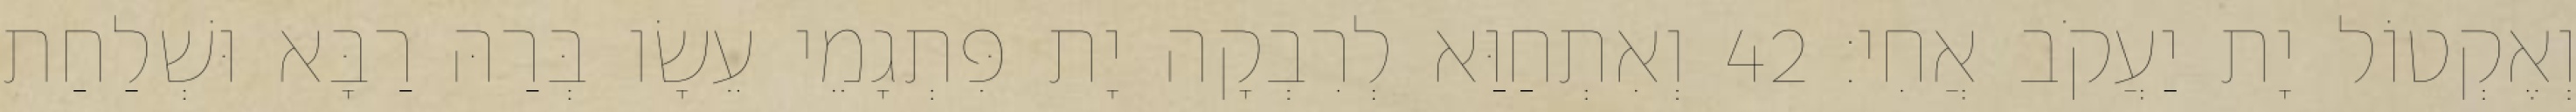
וְאֶקְטוֹל יָת יַעֲקֹב אֲחִי׃ 42 וְאִתְחַוַּא לְרִבְקָה יָת פִּתְגָמֵי עֵשָׂו בְּרַהּ רַבָּא וּשְׁלַחַת